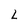
Character: L